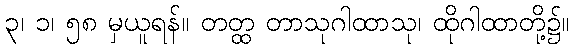
၃၊ ၁၊ ၅၈ မှယူရန်။ တတ္ထ တာသုဂါထာသု၊ ထိုဂါထာတို့၌။